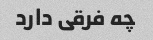
چه فرقی دارد